Indian journal of veterinary science and animal husbandry - Volumes 26-27, 1956-1957
Year: 1956
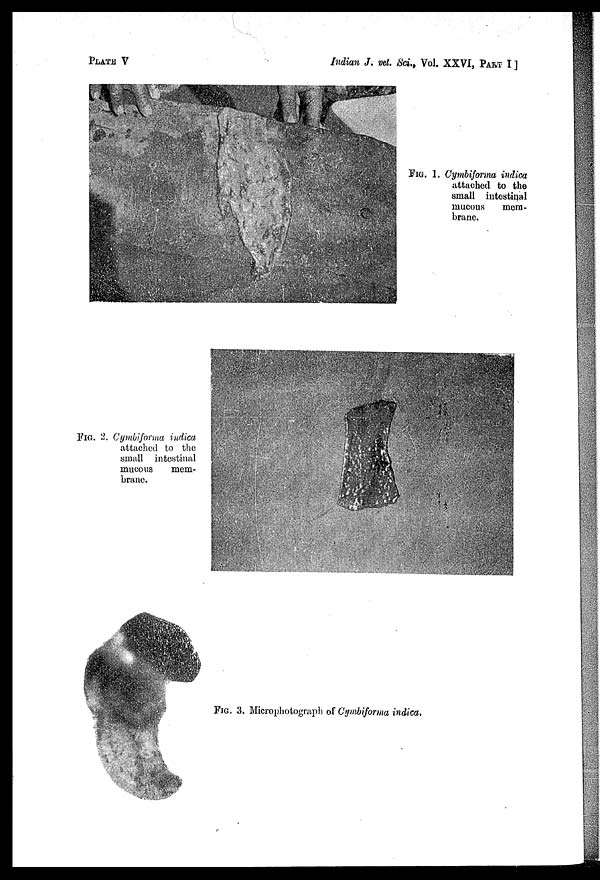
PLATE V
Indian J. vet. Sci., Vol. XXVI, PART I ]
FIG. 1. Cymbiforma indica
attached to the
small intestinal
mucous
mem-
brane.
FIG. 2. Cymbiforma indica
attached to the
small intestinal
mucous
mem-
brane.
FIG. 3. Microphotograph of Cymbiforma indica.